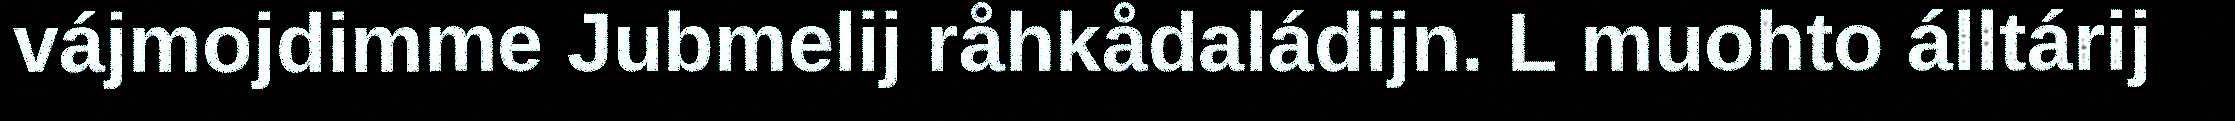
vájmojdimme Jubmelij råhkådaládijn. L muohto álltárij